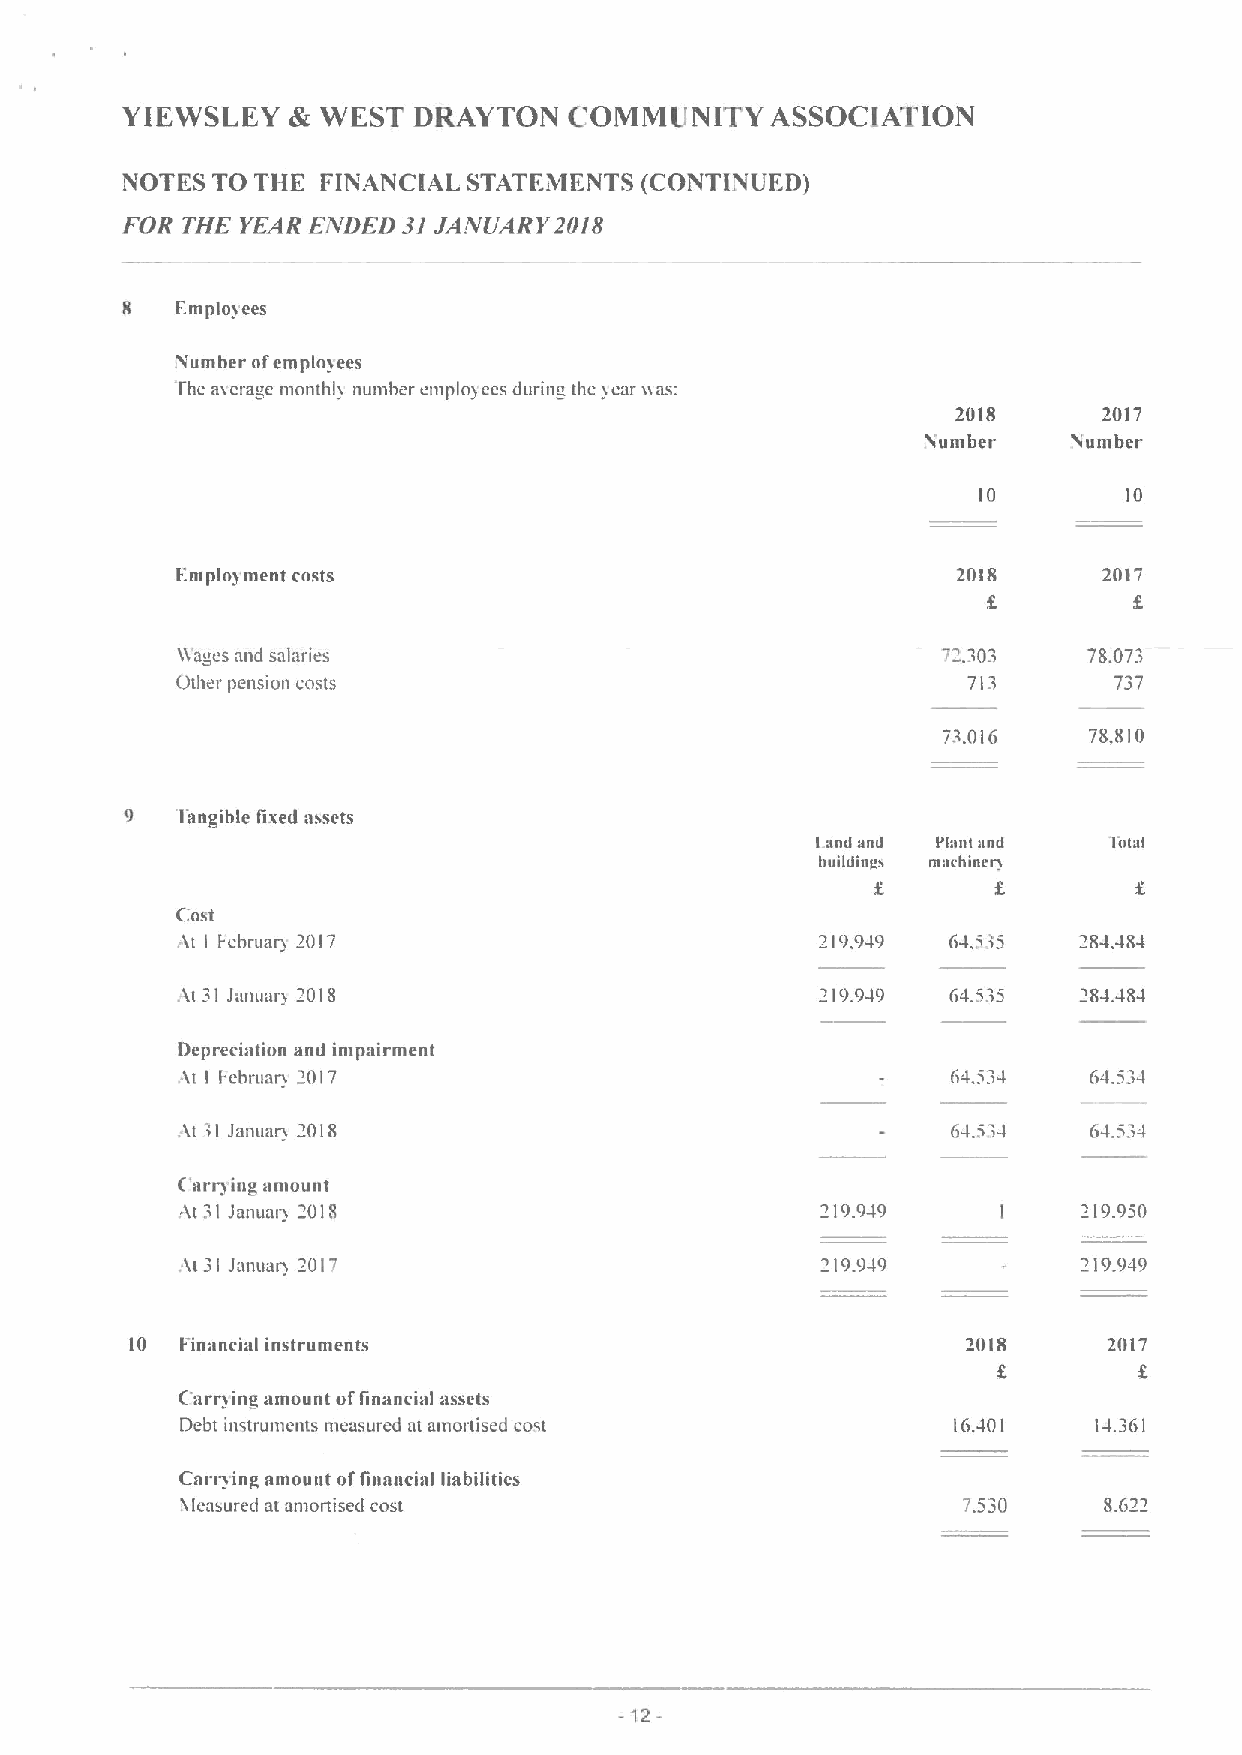
YIEWSLEY   & WEST  DRAYTON    COMMIJNITY   ASSOCIATION
 NOTES TO THE FINANCIAL STATEMENTS (CONTINUED)
 FOR THE YEAR E,VDED 31JAJVUARY2018
 8   Employees
 Vumber of employees
 Ihe atcrage monthll number emplo& ees during the year uas:
 2018      2017
 Somber    Vumber
 10        10
 Employ ment costs                                  2018      2017
 ttages and salaries                               7'i 0     78.073
 Other pension costs                                 713       737
 7'.
 016     78,810
 9   'I'angihle fined assets
 1and and I'taai and 1otai
 iwiidinai maehmeri
 Cost
 ttt
 I
 Icbruar& 2017                           21').949 64.5i5
 Wt 3I Jilllil;II& 20I8                    219.949  Gi4.535
 Depreciation and impairment
 ht I Eebruam 2017                                  Gi4.534  Gi4.534
 td 31 Januam 2018                                  6-1.5i-I
 C'arrying amount
 4t 31 Januaia 2018                        219.949     I     219.950
 At 31 Jamrar 2017                         219949            219.949
 10 Financial instruments                               2018     2017
 f.
 f arrying amount offinancial assets
 Debt instruments measured at amonised cost         16.401   14.361
 Carrying amount offinnncial liabilities
 Vlcasured at amortised cost                         7530     8.622
 12-